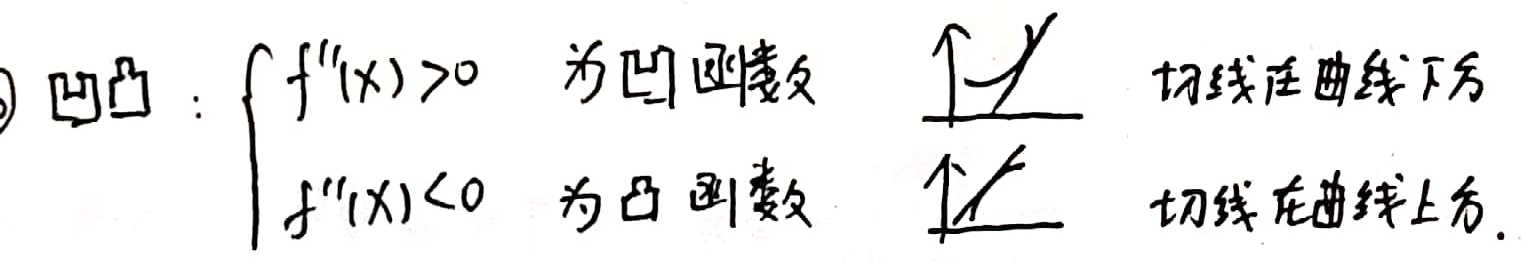
\[
\begin{cases}
f''(x)>0  & \text{为凹函数，切线在曲线下方}\\
f''(x)<0  & \text{为凸函数，切线在曲线上方}
\end{cases}
\]